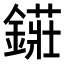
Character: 𨫲